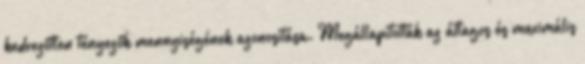
kedvezőtlen tényezők mennyiségének azonosítása. Megállapították az átlagos és maximális